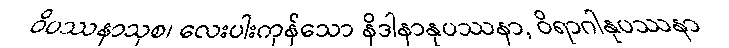
ဝိပဿနာသုစ၊ လေးပါးကုန်သော နိဒါနာနုပဿနာ, ဝိရာဂါနုပဿနာ